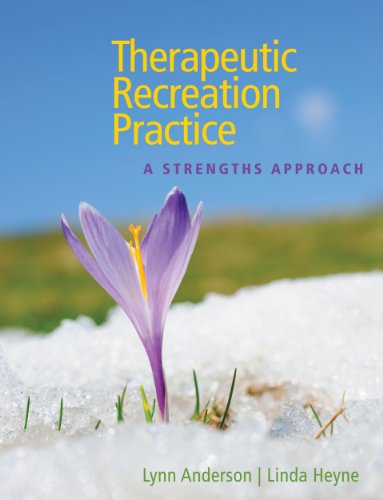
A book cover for Therapeutic Recreation Practice: A Strengths Approach; Lynn Anderson; Sports & Outdoors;